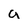
Character: a